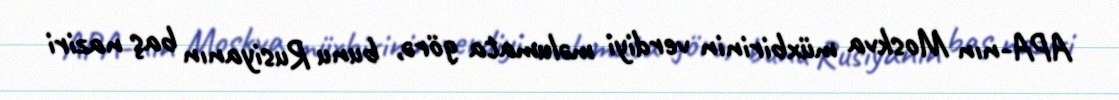
APA-nın Moskva müxbirinin verdiyi məlumata görə, bunu Rusiyanın baş naziri